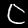
Label: 0